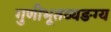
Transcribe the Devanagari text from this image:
गुणीभूतव्यङग्य